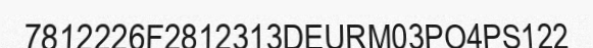
7812226F2812313DEURM03PO4PS122